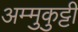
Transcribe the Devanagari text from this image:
अम्मुकुट्टी